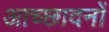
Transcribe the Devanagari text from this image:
आच्छादनों